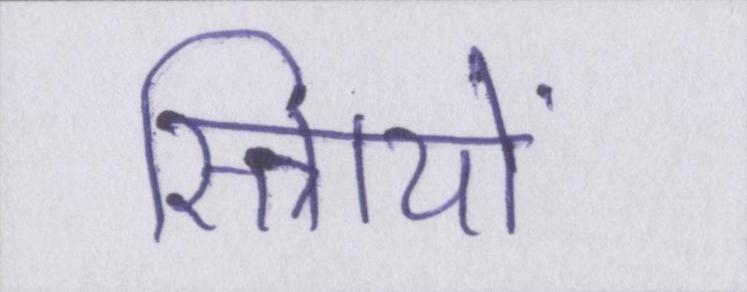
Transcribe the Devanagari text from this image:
स्त्रिायों